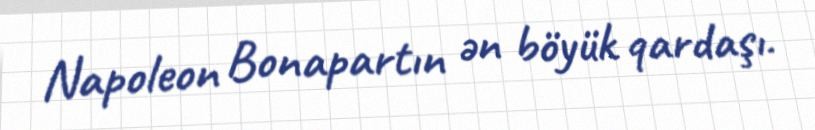
Napoleon Bonapartın ən böyük qardaşı.